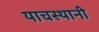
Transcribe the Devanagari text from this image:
याचस्थानी